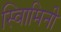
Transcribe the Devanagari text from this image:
स्वािमिनी